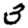
Digit: 3